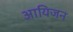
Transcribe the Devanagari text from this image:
आयिजन